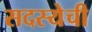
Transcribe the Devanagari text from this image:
सदस्येची